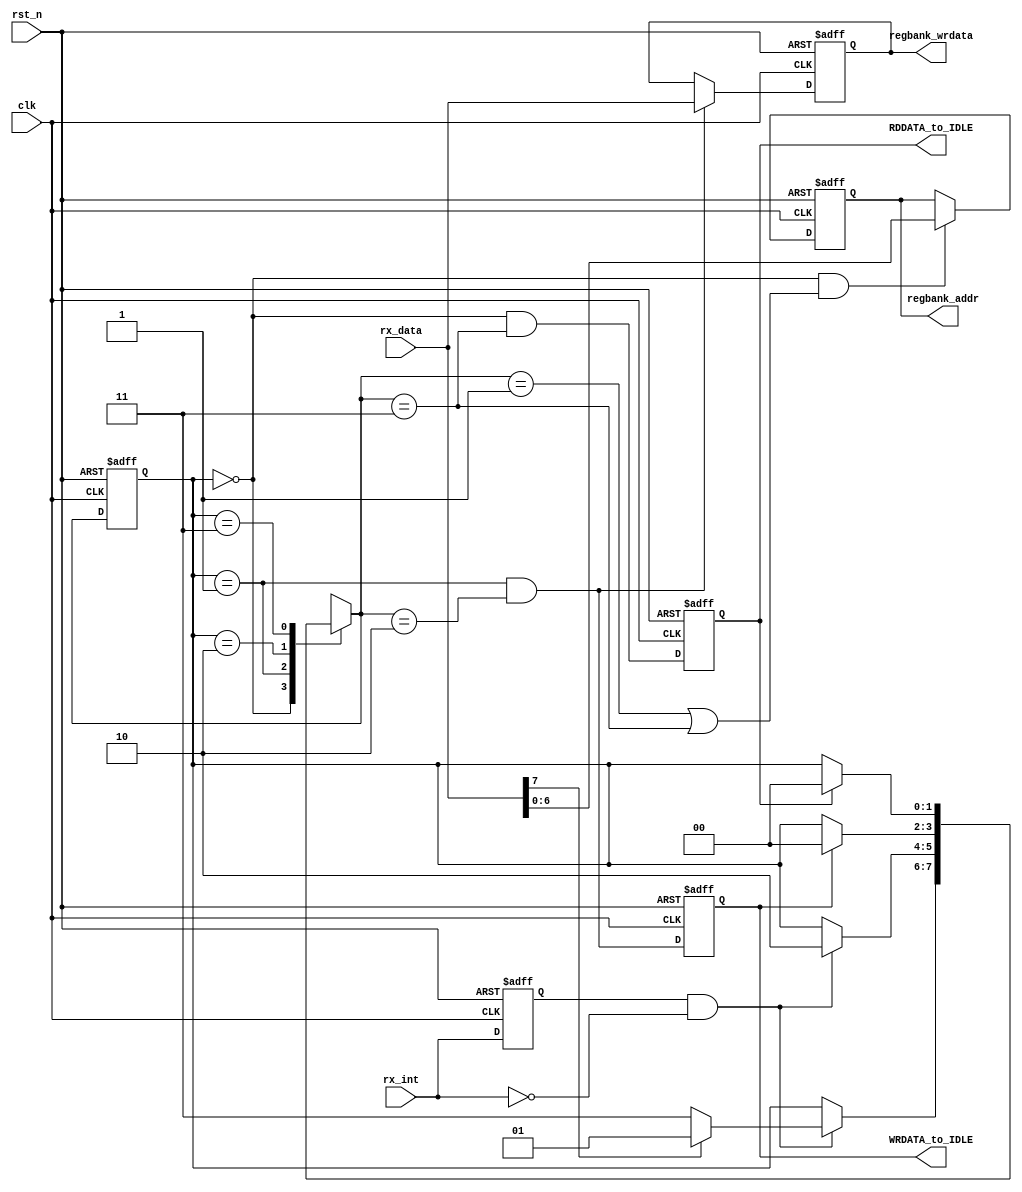
module regbank_ctrl(
    clk,
    rst_n,
    rx_data,
    rx_int,
    regbank_addr,
    regbank_wrdata,
    WRDATA_to_IDLE,
    RDDATA_to_IDLE
);

input clk;
input rst_n;
input [7:0] rx_data;
input rx_int;
output [6:0] regbank_addr;
output [7:0] regbank_wrdata;
output WRDATA_to_IDLE;
output RDDATA_to_IDLE;

//---------------------------------------------------
parameter ST_IDLE = 0;
parameter ST_WRADDR = 1;
parameter ST_WRDATA = 2;
parameter ST_RDADDR = 3;
reg [1:0] state_cs;
reg [1:0] state_ns;
reg       rx_int_d;
reg       load_wrdata_d;
reg       tx_trigger_d;
reg [6:0] regbank_addr;
reg [7:0] regbank_wrdata;

wire rx_int_f = rx_int_d & ~rx_int;
wire load_addr = (state_cs == ST_IDLE) && ((state_ns == ST_WRADDR) || (state_ns == ST_RDADDR));
wire load_wrdata = (state_cs == ST_WRADDR) && (state_ns == ST_WRDATA);
wire tx_trigger = (state_cs == ST_IDLE) && (state_ns == ST_RDADDR);
wire WRDATA_to_IDLE = load_wrdata_d;
wire RDDATA_to_IDLE = tx_trigger_d; 

always@(posedge clk or negedge rst_n)
    if(!rst_n) rx_int_d <= 0;
    else       rx_int_d <= rx_int;

always@(posedge clk or negedge rst_n)
    if(!rst_n) state_cs <= ST_IDLE;
    else       state_cs <= state_ns;

always@(posedge clk or negedge rst_n)
    if(!rst_n)          regbank_addr <= 7'd0;
    else if(load_addr)  regbank_addr <= rx_data[6:0];

always@(posedge clk or negedge rst_n)
    if(!rst_n)            regbank_wrdata <= 8'd0;
    else if(load_wrdata)  regbank_wrdata <= rx_data[7:0];

always@(posedge clk or negedge rst_n)
    if(!rst_n)  load_wrdata_d <= 1'd0;
    else        load_wrdata_d <= load_wrdata;

always@(posedge clk or negedge rst_n)
    if(!rst_n) tx_trigger_d <= 0;
    else       tx_trigger_d <= tx_trigger;

always@(*)
begin
    state_ns = state_cs;
    case(state_cs)
        ST_IDLE:
        begin
            if(rx_int_f)
            begin
                if(rx_data[7] == 1'b1) state_ns = ST_WRADDR;
                else                   state_ns = ST_RDADDR;
            end
        end
        ST_WRADDR:
        begin
            if(rx_int_f)
                state_ns = ST_WRDATA;
        end
        ST_WRDATA:
        begin
            if(WRDATA_to_IDLE)
                state_ns = ST_IDLE;
        end
        ST_RDADDR:
        begin
            if(RDDATA_to_IDLE)
                state_ns = ST_IDLE;
        end
        default:;
    endcase
end


endmodule